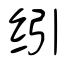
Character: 纼